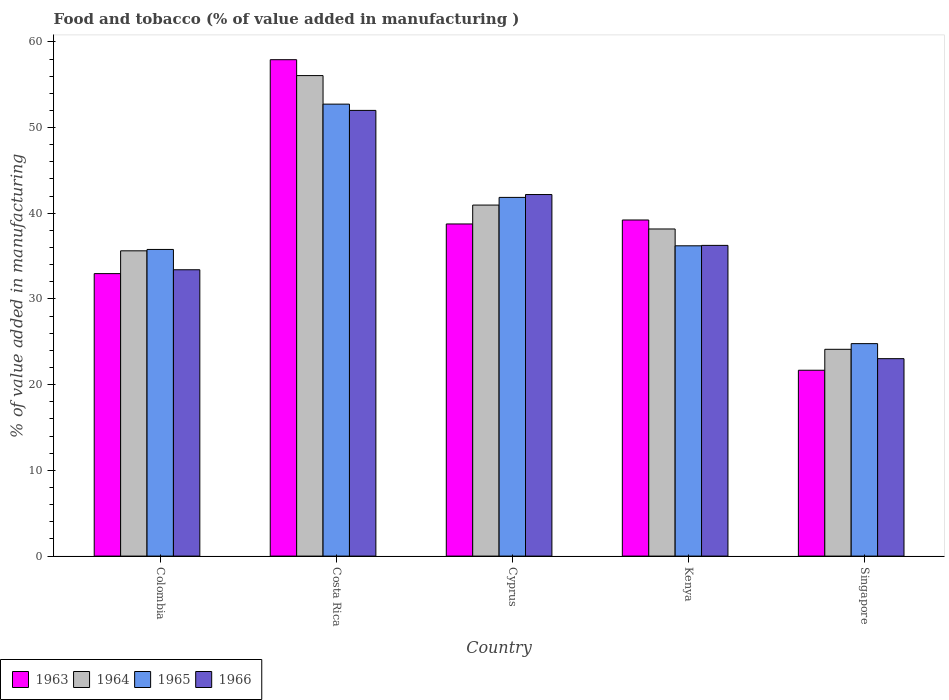
| Country | 1963 | 1964 | 1965 | 1966 |
 | --- | --- | --- | --- | --- |
 | Colombia | 33 | 35.6 | 35.8 | 33.4 |
 | Costa Rica | 57.9 | 56.1 | 52.7 | 52 |
 | Cyprus | 38.8 | 41 | 41.9 | 42.2 |
 | Kenya | 39.2 | 38.2 | 36.2 | 36.3 |
 | Singapore | 21.7 | 24.1 | 24.8 | 23 |